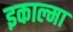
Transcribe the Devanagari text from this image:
इकाल्मा